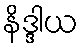
နိဒ္ဒါယ